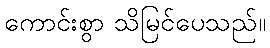
ကောင်းစွာ သိမြင်ပေသည်။